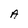
Character: A